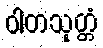
ဝါတသုတ္တံ